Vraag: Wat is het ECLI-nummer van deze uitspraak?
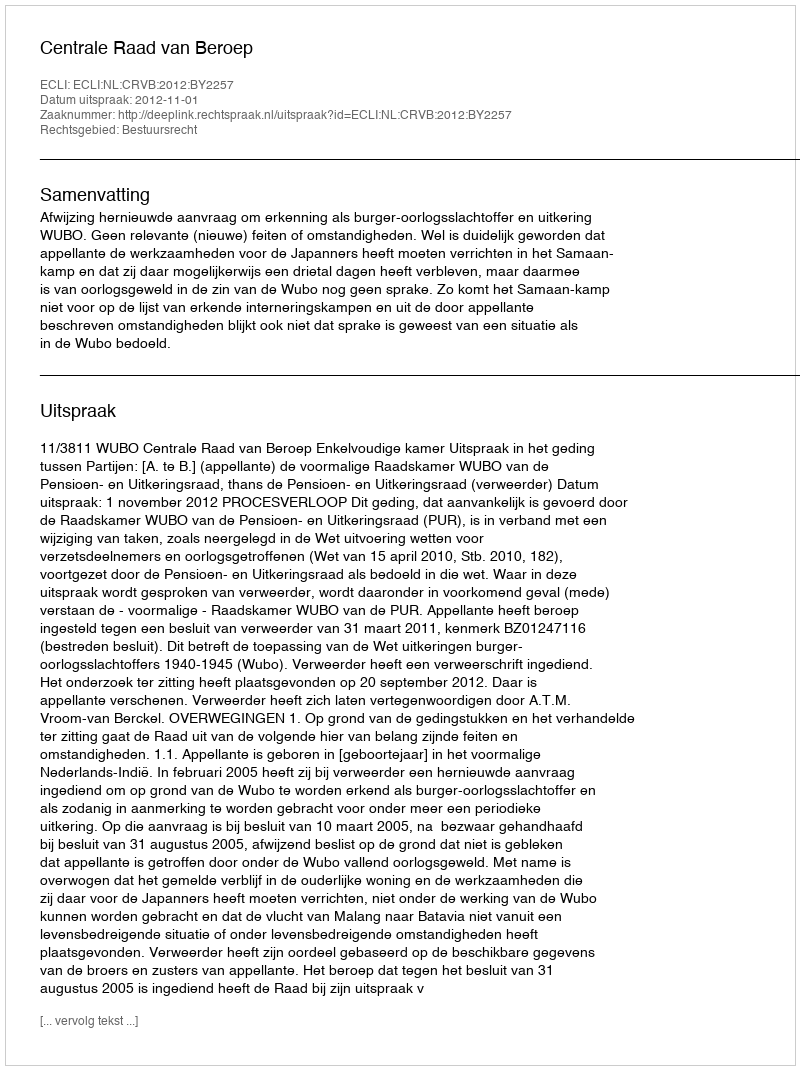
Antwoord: ECLI:NL:CRVB:2012:BY2257